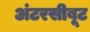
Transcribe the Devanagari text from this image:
अंटरसीबूट